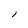
Character: l